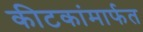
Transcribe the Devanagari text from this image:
कीटकांमार्फत